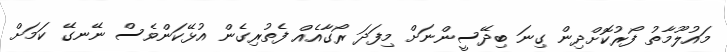
މައުލޫމާތު ފޯރުކޮށްދިން ގިނަ ބިދޭސީންނަށް މިފަދަ ރޯގާއެއް ފެތުރިގެން އުޅޭކަންވެސް ނޭނގޭ ކަމަށް